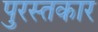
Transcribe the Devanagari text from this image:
पुरस्तकार